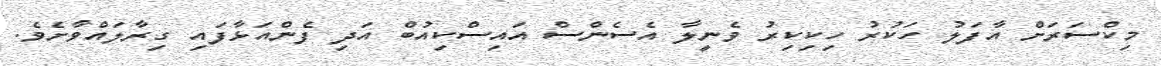
މިކްސަރަށް އާފަލު ހަކުރު ހިކިކިރު ވެނީލާ އެސެންސް އައިސްކިއުބް އަދި ފެންއަޅާފައި ގިރާލައްވާށެވެ.